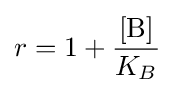
r=1+{\frac {[{\ce {B}}]}{K_{B}}}